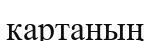
картаның